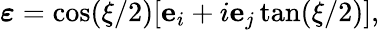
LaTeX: \boldsymbol{\varepsilon}=\cos(\xi/2)[\mathbf{e}_{i}+i\mathbf{e}_{j}\tan(\xi/2)],